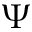
\Psi